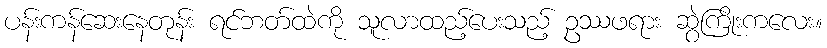
ပန်းကန်ဆေးနေတုန်း ရင်ဘတ်ထဲကို သူလာထည့်ပေးသည့် ဥဿဖရား ဆွဲကြိုးကလေး။